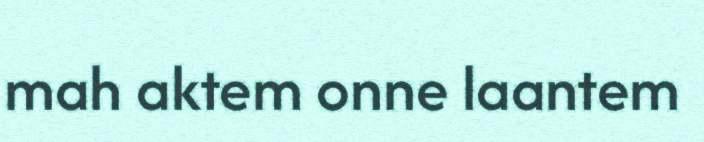
mah aktem onne laantem